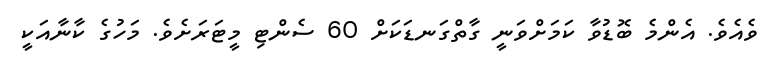
ވެއެވެ. އެންމެ ބޮޑުވާ ކަމަށްވަނީ ގާތްގަނޑަކަށް 60 ސެންޓި މީޓަރަށެވެ. މަހުގެ ކާނާއަކީ